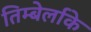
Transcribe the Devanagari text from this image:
तिम्बेर्लाके